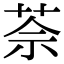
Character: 𦯬